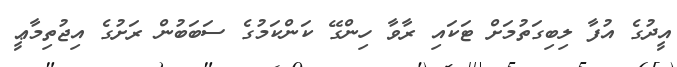
އީދުގެ އުފާ ލިބިގަތުމަށް ޓަކައި ރާވާ ހިންގޭ ކަންކަމުގެ ސަބަބުން ރަށުގެ އިޖުތިމާޢީ